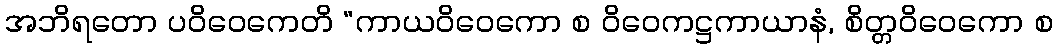
အဘိရတော ပဝိဝေကေတိ “ကာယဝိဝေကော စ ဝိဝေကဋ္ဌကာယာနံ, စိတ္တဝိဝေကော စ